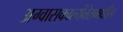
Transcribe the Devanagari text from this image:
अग्वासकाल्येंतेसमधील